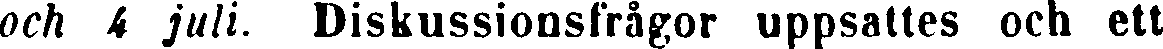
och 4 juli. Diskussionsfrågor uppsattes och ett